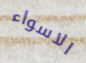
الاسواء